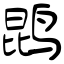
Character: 鹍